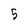
Character: 5